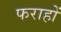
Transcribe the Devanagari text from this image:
फराहों